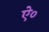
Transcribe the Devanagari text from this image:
ऐ०